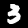
Label: 3